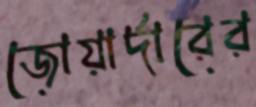
জোয়ার্দারের